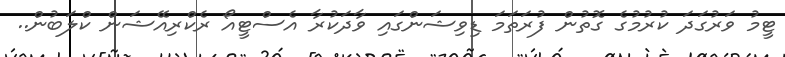
ޓީމު ވަރުގަދަ ކުރުމުގެ ގޮތުން ފުރަތަމަ ޑިވިޝަންގައި ވާދަކުރާ އެސްޓީއޯ ރެކްރިއޭޝަން ކްލަބުން..